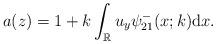
LaTeX: \begin{align*}a(z)=1+k \int_{\mathbb{R}} u_y \psi^-_{21}(x;k) \mathrm{d}x. \end{align*}